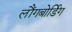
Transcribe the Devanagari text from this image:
लौंगबोर्डिंग